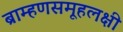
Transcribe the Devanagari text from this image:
ब्राम्हणसमूहलक्षी